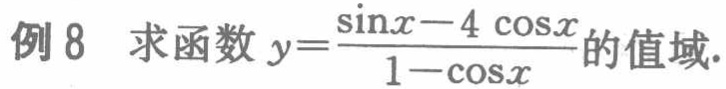
例8 求函数 \(y = \frac{\sin x - 4\cos x}{1 - \cos x}\) 的值域.